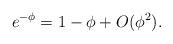
LaTeX: \begin{align*}e^{-\phi}=1-\phi+O(\phi^2).\end{align*}